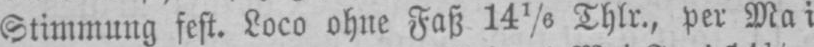
Stimmung fest. Loco ohne Faß 141/6 Thlr., per Mai